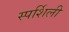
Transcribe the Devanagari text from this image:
स्पर्शिली